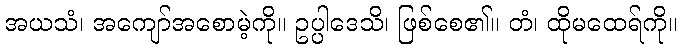
အယသံ၊ အကျော်အစောမဲ့ကို။ ဥပ္ပါဒေသိ၊ ဖြစ်စေ၏။ တံ၊ ထိုမထေရ်ကို။